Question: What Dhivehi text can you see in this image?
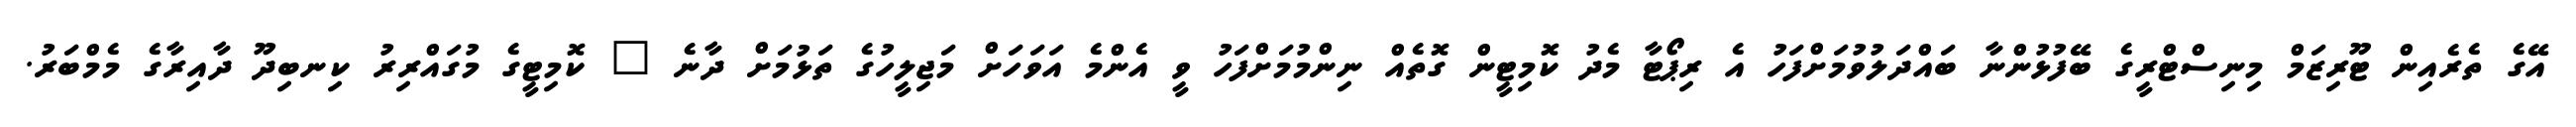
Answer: އޭގެ ތެރެއިން ޓޫރިޒަމް މިނިސްޓްރީގެ ބޭފުޅުންނާ ބައްދަލުވުމަށްފަހު އެ ރިޕޯޓާ މެދު ކޮމިޓީން ގޮތެއް ނިންމުމަށްފަހު ވީ އެންމެ އަވަހަށް މަޖިލީހުގެ ތަޅުމަށް ދާނެ " ކޮމިޓީގެ މުގައްރިރު ކިނބިދޫ ދާއިރާގެ މެމްބަރު.